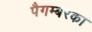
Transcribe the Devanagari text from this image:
पैगम्बरका